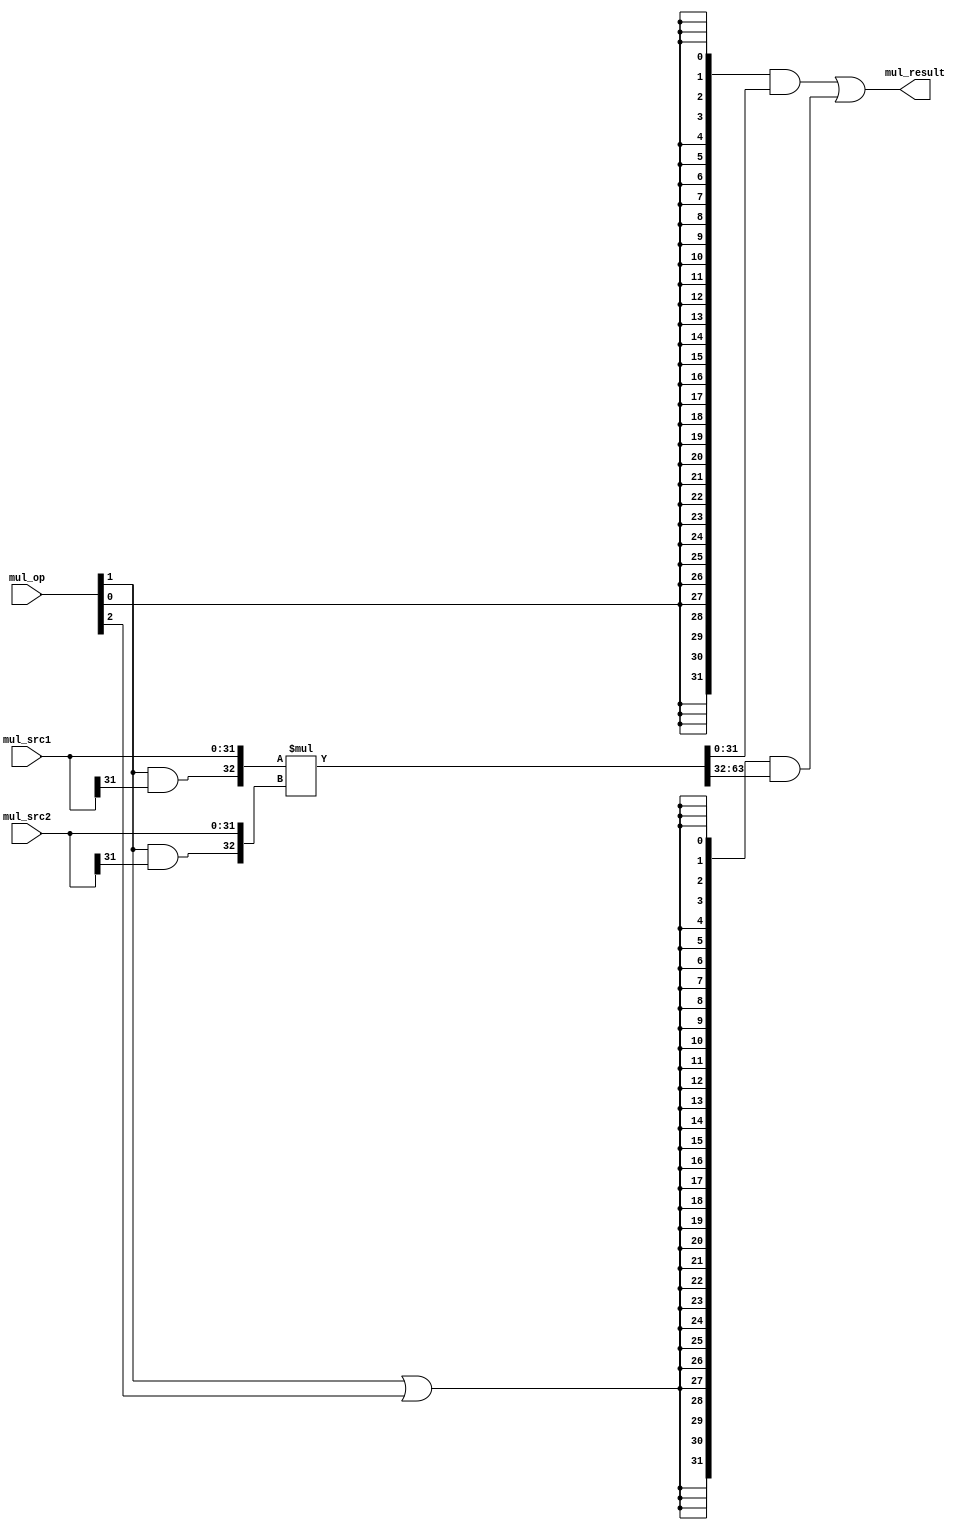
module multiplier(
	input  wire [ 2:0] mul_op,
	input  wire [31:0] mul_src1,
	input  wire [31:0] mul_src2,
	output wire [31:0] mul_result
);

	// mul_op: mul.w, mulh.w, mulh.wu, div.w, mod.w, div.wu, mod.wu

	wire op_mul_w;   // multiply
	wire op_mulh_w;  // multiply high-bits
	wire op_mulh_wu; // multiply high-bits unsigned

	assign op_mul_w   = mul_op[0];
	assign op_mulh_w  = mul_op[1];
	assign op_mulh_wu = mul_op[2];


	wire [32:0] mul_src1_ext;
	wire [32:0] mul_src2_ext;

	// when executing mulh.w instruction, the operands should be sign-extended;
	// otherwise, the operands should be zero-extended
	assign mul_src1_ext = {op_mulh_w & mul_src1[31], mul_src1};
	assign mul_src2_ext = {op_mulh_w & mul_src2[31], mul_src2};

	// 66-bit signed multiply
	wire signed [65:0] mul_res_66;
	assign mul_res_66 = $signed(mul_src1_ext) * $signed(mul_src2_ext);


	wire [31:0] mull_result;
	wire [31:0] mulh_result;
	// wire [31:0] mulh_wu_result;
	assign mull_result = mul_res_66[31: 0];
	assign mulh_result = mul_res_66[63:32];


	// final result mux
	assign mul_result = ({32{op_mul_w              }} & mull_result)
					  | ({32{op_mulh_w | op_mulh_wu}} & mulh_result)
	;
endmodule